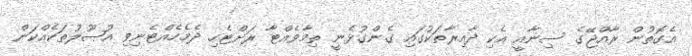
އެގޮތުން ރާއްޖޭގެ ސިނާއީ އެކި ދާއިރާތަކުގައި ގެންގުޅެނީ ތިމާވެއްޓާ ރަށްޓެހި ދެމެހެއްޓެނިވި އުޞޫލުތަކެއްކަން